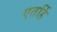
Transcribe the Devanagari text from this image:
एतर्हि